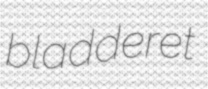
bladderet